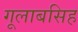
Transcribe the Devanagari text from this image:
गूलाबसिह